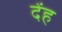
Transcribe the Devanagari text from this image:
देंह